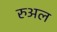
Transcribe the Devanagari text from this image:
रुअल